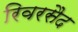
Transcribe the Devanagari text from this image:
रिवरसैद